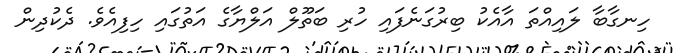
ހިނގާބާާ ލައިއްތަަ އާއެކު ބިރުގަނެފައި ހުރި ބަތޫލް އަލްޔާގެ އަތުގައި ހިފިއެވެ. ދެކުދިން